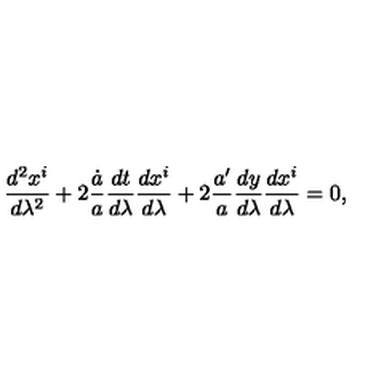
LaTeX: { \frac { d ^ { 2 } x ^ { i } } { d \lambda ^ { 2 } } } + 2 { \frac { \dot { a } } { a } } { \frac { d t } { d \lambda } } { \frac { d x ^ { i } } { d \lambda } } + 2 { \frac { a ^ { \prime } } { a } } { \frac { d y } { d \lambda } } { \frac { d x ^ { i } } { d \lambda } } = 0 ,